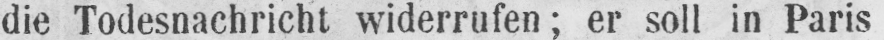
die Todesnachricht widerrufen; er soll in Paris